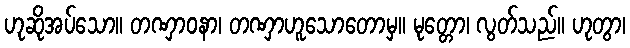
ဟုဆိုအပ်သော။ တဏှာဝနာ၊ တဏှာဟူသောတောမှ။ မုတ္တော၊ လွတ်သည်။ ဟုတွာ၊